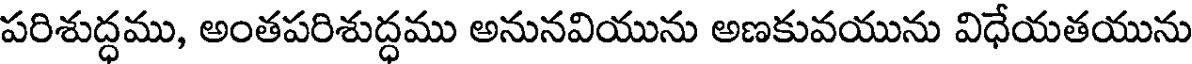
పరిశుద్ధము, అంతపరిశుద్ధము అనునవియును అణకువయును విధేయతయును